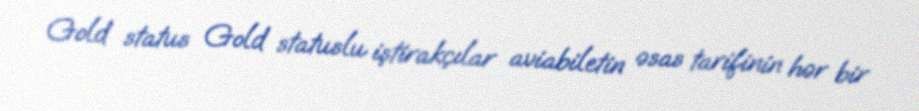
Gold status Gold statuslu iştirakçılar aviabiletin əsas tarifinin hər bir